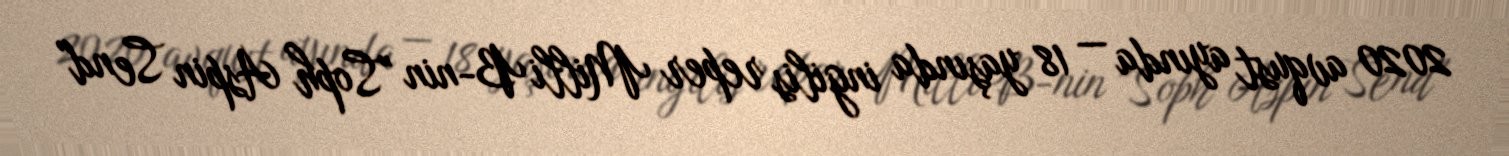
2020 avqust ayında — 18 yaşında ingilis reper Milli B-nin "Soph Aspin Send"